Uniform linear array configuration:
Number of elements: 32
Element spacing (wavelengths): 0.25
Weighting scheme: cosine
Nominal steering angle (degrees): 0
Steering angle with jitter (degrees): -0.2336
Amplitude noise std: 0.05
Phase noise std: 0.05

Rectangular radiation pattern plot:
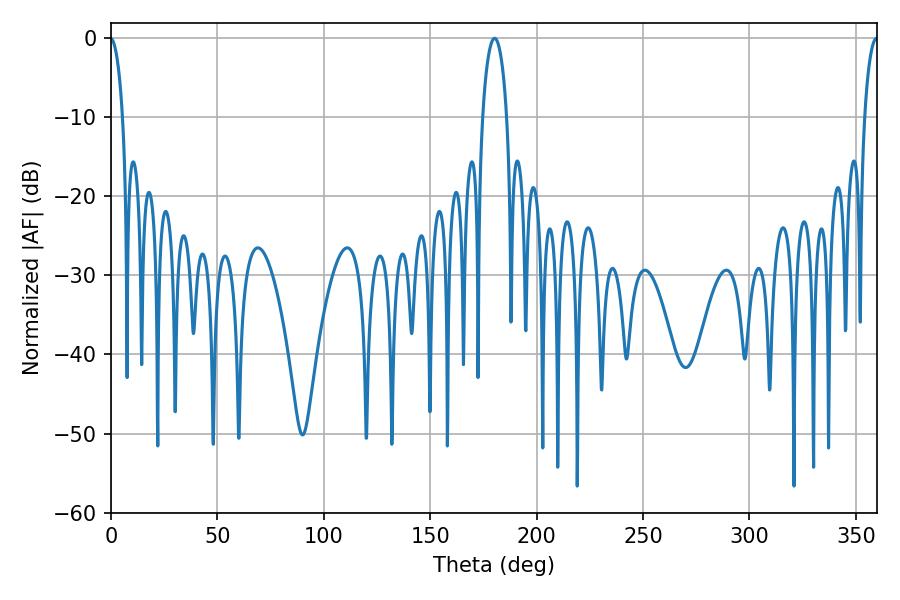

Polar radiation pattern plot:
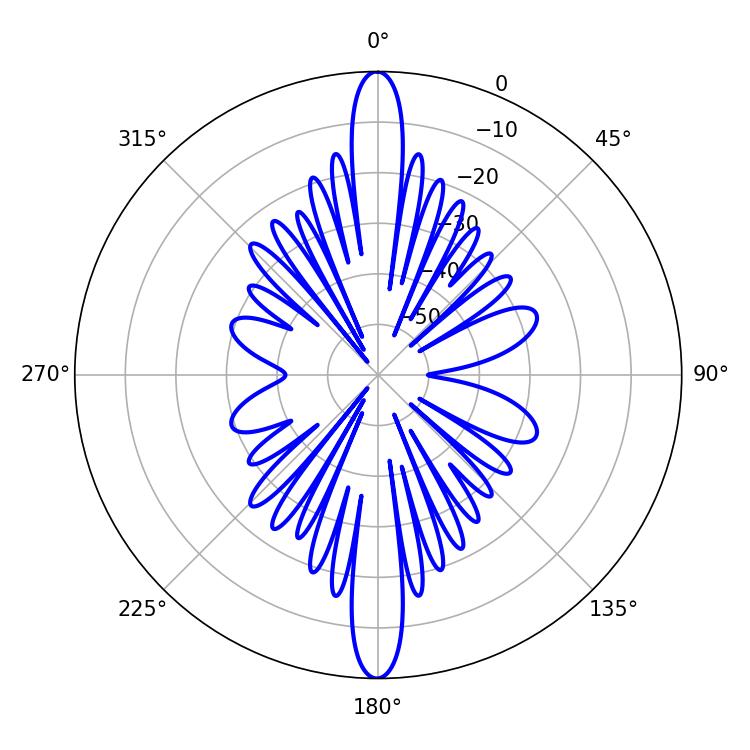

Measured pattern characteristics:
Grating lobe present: FALSE
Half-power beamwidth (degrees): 6.48
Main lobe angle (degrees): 180.18